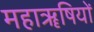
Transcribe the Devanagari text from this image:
महाॠषियों